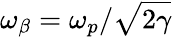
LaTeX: \omega_{\beta}=\omega_{p}/\sqrt{2\gamma}